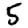
Digit: 5